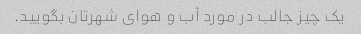
یک چیز جالب در مورد آب و هوای شهرتان بگویید.